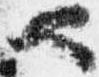
也